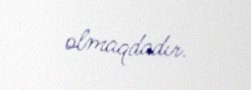
olmaqdadır.